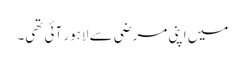
میں اپنی مرضی سے لاہور آئی تھی۔